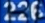
236